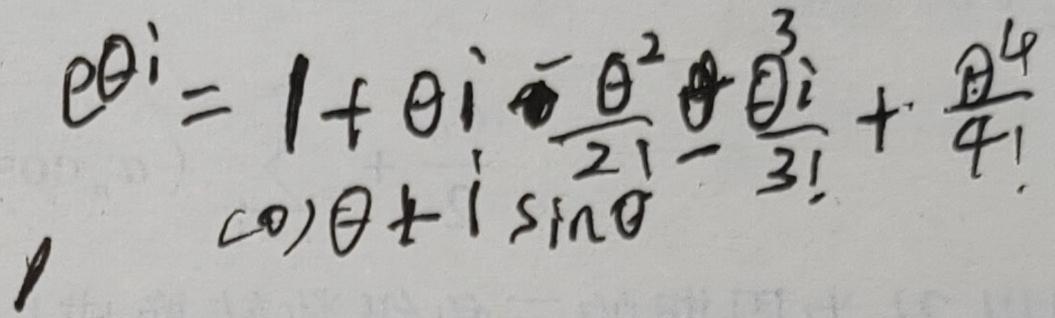
\[
e^{\theta i}=1 + \theta i-\frac{\theta^{2}}{2!}+\frac{\theta^{3}i}{3!}+\frac{\theta^{4}}{4!}=\cos\theta + i\sin\theta
\]